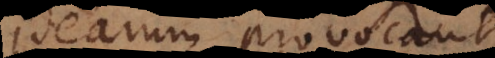
idearum provocant